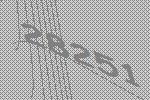
28251